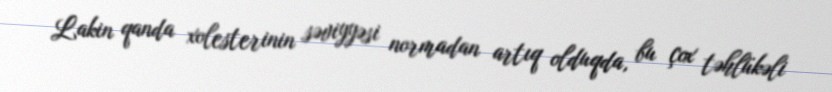
Lakin qanda xolesterinin səviyyəsi normadan artıq olduqda, bu çox təhlükəli